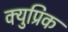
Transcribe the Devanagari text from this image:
क्युप्रिक